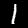
Digit: 1